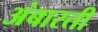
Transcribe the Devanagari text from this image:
अंबारती